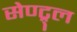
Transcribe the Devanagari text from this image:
सेण्ट्र्ल